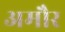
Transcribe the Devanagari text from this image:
अमौर